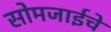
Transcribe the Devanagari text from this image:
सोमजाईचे